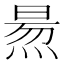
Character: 𤋁